Annual administration report of the Civil Veterinary Department of India - 1905-1906
Year: 1905
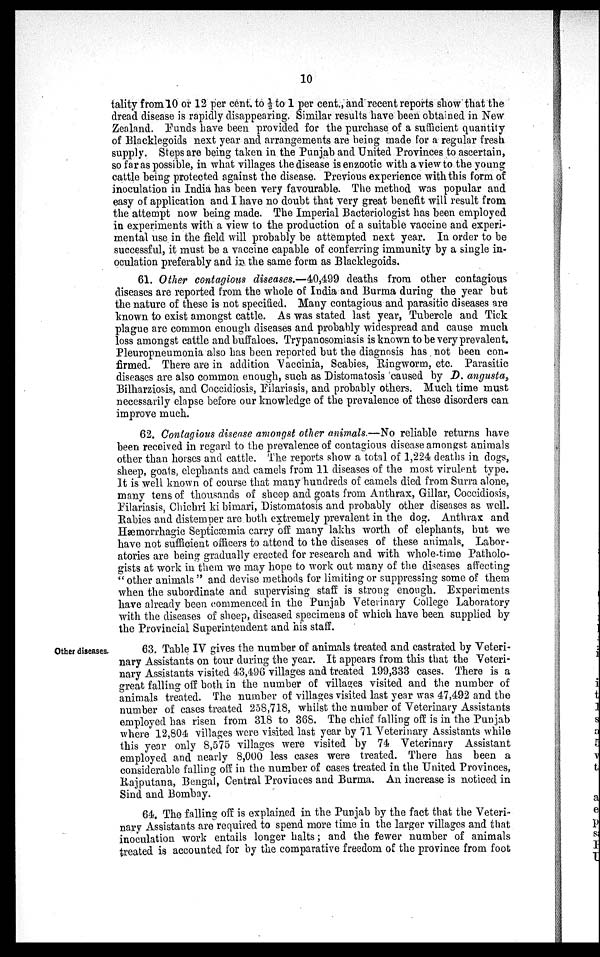
10
tality from 10 or 12 per cent. to ½ to 1 per cent., and recent reports show that the
dread disease is rapidly disappearing. Similar results have been obtained in New
Zealand. Funds have been provided for the purchase of a sufficient quantity
of Blacklegoids next year and arrangements are being made for a regular fresh
supply. Steps are being taken in the Punjab and United Provinces to ascertain,
so far as possible, in what villages the disease is enzootic with a view to the young
cattle being protected against the disease. Previous experience with this form of
inoculation in India has been very favourable. The method was popular and
easy of application and I have no doubt that very great benefit will result from
the attempt now being made. The Imperial Bacteriologist has been employed
in experiments with a view to the production of a suitable vaccine and experi-
mental use in the field will probably be attempted next year. In order to be
successful, it must be a vaccine capable of conferring immunity by a single in-
oculation preferably and in the same form as Blacklegoids.
61. Other contagious diseases.—40,499 deaths from other contagious
diseases are reported from the whole of India and Burma during the year but
the nature of these is not specified. Many contagious and parasitic diseases are
known to exist amongst cattle. As was stated last year, Tubercle and Tick
plague are common enough diseases and probably widespread and cause much
loss amongst cattle and buffaloes. Trypanosomiasis is known to be very prevalent.
Pleuropneumonia also has been reported but the diagnosis has not been con-
firmed. There are in addition Vaccinia, Scabies, Ringworm, etc. Parasitic
diseases are also common enough, such as Distomatosis caused by D. angusta,
Bilharziosis, and Coccidiosis, Filariasis, and probably others. Much time must
necessarily elapse before our knowledge of the prevalence of these disorders can
improve much.
62. Contagious disease amongst other animals.—No reliable returns have
been received in regard to the prevalence of contagious disease amongst animals
other than horses and cattle. The reports show a total of 1,224 deaths in dogs,
sheep, goats, elephants and camels from 11 diseases of the most virulent type.
It is well known of course that many hundreds of camels died from Surra alone,
many tens of thousands of sheep and goats from Anthrax, Gillar, Coccidiosis,
Filariasis, Chichri ki bimari, Distomatosis and probably other diseases as well.
Rabies and distemper are both extremely prevalent in the dog. Anthrax and
Hæmorrhagic Septicæmia carry off many lakhs worth of elephants, but we
have not sufficient officers to attend to the diseases of these animals. Labor-
atories are being gradually erected for research and with whole-time Patholo-
gists at work in them we may hope to work out many of the diseases affecting
" other animals " and devise methods for limiting or suppressing some of them
when the subordinate and supervising staff is strong enough. Experiments
have already been commenced in the Punjab Veterinary College Laboratory
with the diseases of sheep, diseased specimens of which have been supplied by
the Provincial Superintendent and his staff.
Other diseases.
63. Table IV gives the number of animals treated and castrated by Veteri-
nary Assistants on tour during the year. It appears from this that the Veteri-
nary Assistants visited 43,496 villages and treated 199,333 cases. There is a
great falling off both in the number of villages visited and the number of
animals treated. The number of villages visited last year was 47,492 and the
number of cases treated 258,718, whilst the number of Veterinary Assistants
employed has risen from 318 to 368. The chief falling off is in the Punjab
where 12,804 villages were visited last year by 71 Veterinary Assistants while
this year only 8,575 villages were visited by 74 Veterinary Assistant
employed and nearly 8,000 less cases were treated. There has been a
considerable falling off in the number of cases treated in the United Provinces,
Rajputana, Bengal, Central Provinces and Burma. An increase is noticed in
Sind and Bombay.
64. The falling off is explained in the Punjab by the fact that the Veteri-
nary Assistants are required to spend more time in the larger villages and that
inoculation work entails longer halts; and the fewer number of animals
treated is accounted for by the comparative freedom of the province from foot